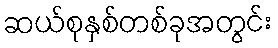
ဆယ်စုနှစ်တစ်ခုအတွင်း